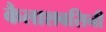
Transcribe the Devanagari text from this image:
कैलाशबसिनी